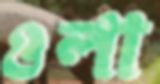
ওলা